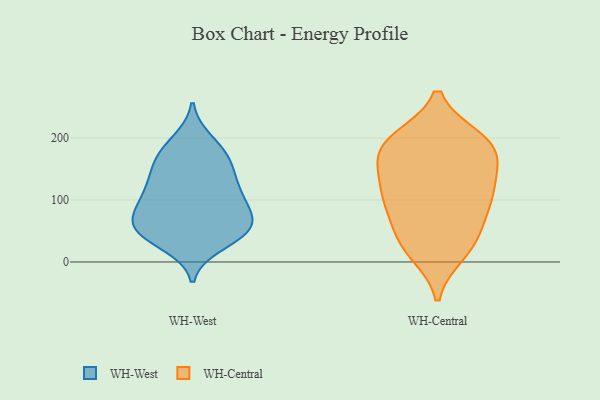
{"axis": {"x": "Market Share (%)", "y": "Value"}, "legend": ["WH-Central", "WH-West"], "data": [{"x": "", "y": 115, "type": "WH-West"}, {"x": "", "y": 98, "type": "WH-West"}, {"x": "", "y": 117, "type": "WH-West"}, {"x": "", "y": 184, "type": "WH-West"}, {"x": "", "y": 154, "type": "WH-West"}, {"x": "", "y": 46, "type": "WH-West"}, {"x": "", "y": 101, "type": "WH-West"}, {"x": "", "y": 49, "type": "WH-West"}, {"x": "", "y": 43, "type": "WH-West"}, {"x": "", "y": 65, "type": "WH-West"}, {"x": "", "y": 195, "type": "WH-West"}, {"x": "", "y": 158, "type": "WH-West"}, {"x": "", "y": 89, "type": "WH-West"}, {"x": "", "y": 64, "type": "WH-West"}, {"x": "", "y": 29, "type": "WH-West"}, {"x": "", "y": 135, "type": "WH-West"}, {"x": "", "y": 63, "type": "WH-West"}, {"x": "", "y": 168, "type": "WH-West"}, {"x": "", "y": 55, "type": "WH-West"}, {"x": "", "y": 90, "type": "WH-Central"}, {"x": "", "y": 34, "type": "WH-Central"}, {"x": "", "y": 198, "type": "WH-Central"}, {"x": "", "y": 193, "type": "WH-Central"}, {"x": "", "y": 175, "type": "WH-Central"}, {"x": "", "y": 169, "type": "WH-Central"}, {"x": "", "y": 80, "type": "WH-Central"}, {"x": "", "y": 165, "type": "WH-Central"}, {"x": "", "y": 111, "type": "WH-Central"}, {"x": "", "y": 20, "type": "WH-Central"}, {"x": "", "y": 128, "type": "WH-Central"}, {"x": "", "y": 42, "type": "WH-Central"}, {"x": "", "y": 194, "type": "WH-Central"}, {"x": "", "y": 81, "type": "WH-Central"}, {"x": "", "y": 131, "type": "WH-Central"}, {"x": "", "y": 14, "type": "WH-Central"}, {"x": "", "y": 119, "type": "WH-Central"}, {"x": "", "y": 199, "type": "WH-Central"}]}